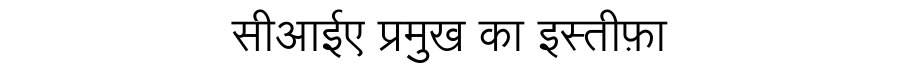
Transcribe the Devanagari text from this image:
सीआईए प्रमुख का इस्तीफ़ा